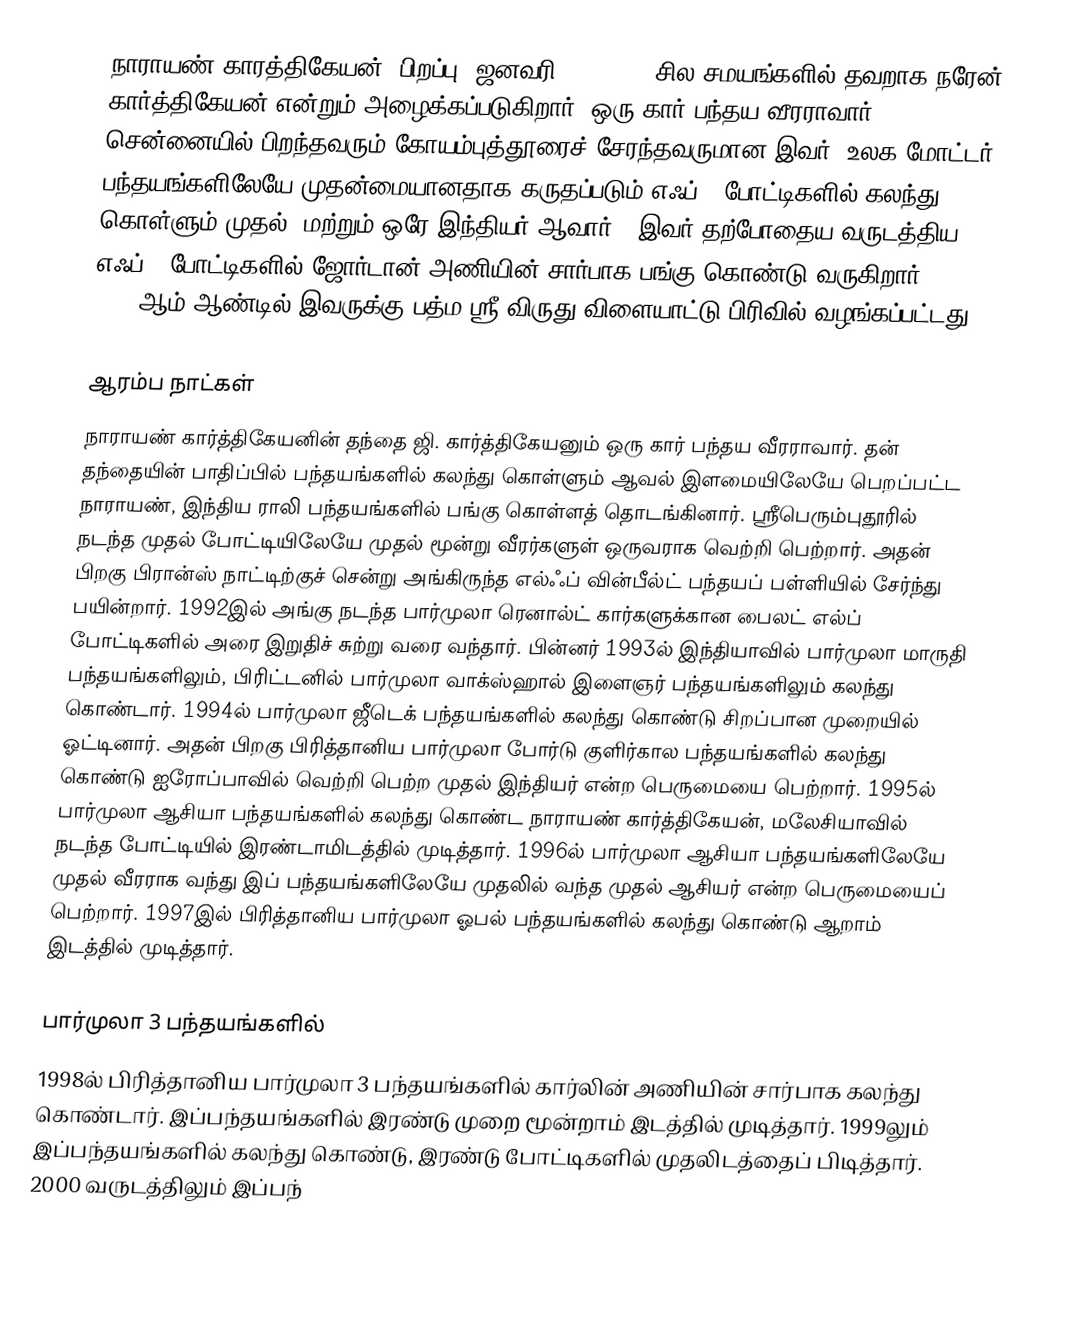
நாராயண் காரத்திகேயன் (பிறப்பு: ஜனவரி 14, 1977, சில சமயங்களில் தவறாக நரேன் கார்த்திகேயன் என்றும் அழைக்கப்படுகிறார்) ஒரு கார் பந்தய வீரராவார். சென்னையில் பிறந்தவரும் கோயம்புத்தூரைச் சேரந்தவருமான இவர், உலக மோட்டர் பந்தயங்களிலேயே முதன்மையானதாக கருதப்படும் எஃப் 1 போட்டிகளில் கலந்து கொள்ளும் முதல், மற்றும் ஒரே இந்தியர் ஆவார் . இவர் தற்போதைய வருடத்திய எஃப் 1 போட்டிகளில் ஜோர்டான் அணியின் சார்பாக பங்கு கொண்டு வருகிறார். 2010-ஆம் ஆண்டில் இவருக்கு பத்ம ஸ்ரீ விருது விளையாட்டு பிரிவில் வழங்கப்பட்டது.

ஆரம்ப நாட்கள்
நாராயண் கார்த்திகேயனின் தந்தை ஜி. கார்த்திகேயனும் ஒரு கார் பந்தய வீரராவார். தன் தந்தையின் பாதிப்பில் பந்தயங்களில் கலந்து கொள்ளும் ஆவல் இளமையிலேயே பெறப்பட்ட நாராயண், இந்திய ராலி பந்தயங்களில் பங்கு கொள்ளத் தொடங்கினார். ஸ்ரீபெரும்புதூரில் நடந்த முதல் போட்டியிலேயே முதல் மூன்று வீரர்களுள் ஒருவராக வெற்றி பெற்றார். அதன் பிறகு பிரான்ஸ் நாட்டிற்குச் சென்று அங்கிருந்த எல்ஃப் வின்பீல்ட் பந்தயப் பள்ளியில் சேர்ந்து பயின்றார். 1992இல் அங்கு நடந்த பார்முலா ரெனால்ட் கார்களுக்கான பைலட் எல்ப் போட்டிகளில் அரை இறுதிச் சுற்று வரை வந்தார். பின்னர் 1993ல் இந்தியாவில் பார்முலா மாருதி பந்தயங்களிலும், பிரிட்டனில் பார்முலா வாக்ஸ்ஹால் இளைஞர் பந்தயங்களிலும் கலந்து கொண்டார். 1994ல் பார்முலா ஜீடெக் பந்தயங்களில் கலந்து கொண்டு சிறப்பான முறையில் ஓட்டினார். அதன் பிறகு பிரித்தானிய பார்முலா போர்டு குளிர்கால பந்தயங்களில் கலந்து கொண்டு ஐரோப்பாவில் வெற்றி பெற்ற முதல் இந்தியர் என்ற பெருமையை பெற்றார். 1995ல் பார்முலா ஆசியா பந்தயங்களில் கலந்து கொண்ட நாராயண் கார்த்திகேயன், மலேசியாவில் நடந்த போட்டியில் இரண்டாமிடத்தில் முடித்தார். 1996ல் பார்முலா ஆசியா பந்தயங்களிலேயே முதல் வீரராக வந்து இப் பந்தயங்களிலேயே முதலில் வந்த முதல் ஆசியர் என்ற பெருமையைப் பெற்றார். 1997இல் பிரித்தானிய பார்முலா ஓபல் பந்தயங்களில் கலந்து கொண்டு ஆறாம் இடத்தில் முடித்தார்.

பார்முலா 3 பந்தயங்களில்
1998ல் பிரித்தானிய பார்முலா 3 பந்தயங்களில் கார்லின் அணியின் சார்பாக கலந்து கொண்டார். இப்பந்தயங்களில் இரண்டு முறை மூன்றாம் இடத்தில் முடித்தார். 1999லும் இப்பந்தயங்களில் கலந்து கொண்டு, இரண்டு போட்டிகளில் முதலிடத்தைப் பிடித்தார். 2000 வருடத்திலும் இப்பந்